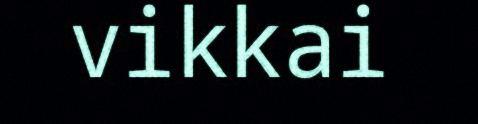
vikkai